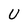
Character: U